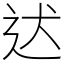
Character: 迖